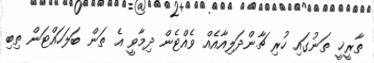
ތާރީޚީ ތަނުގައި ހުރި ޗާންދަލިއާއެއް ވެއްޓެން ދިމާވީ އެ ތަން ބަލަހައްޓަން ތިބި